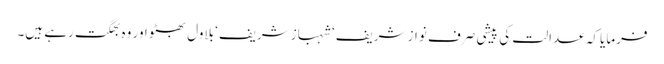
فرمایا کہ عدالت کی پیشی صرف نواز شریف‘ شہباز شریف‘ بلاول بھٹو اور وہ بھگت رہے ہیں۔